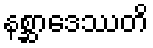
နစ္ဆာဒေဿတိ